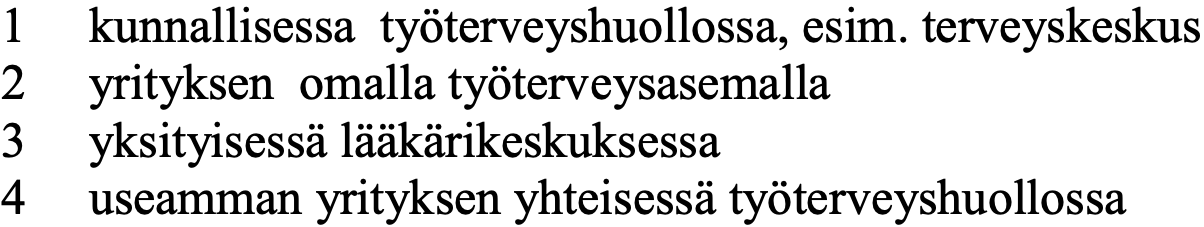
1  kunnallisessa työterveyshuollossa, esim. terveyskeskus 2  yrityksen omalla työterveysasemalla 3  yksityisessä lääkärikeskuksessa 4  useamman yrityksen yhteisessä työterveyshuollossa